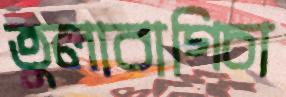
তুলাবাগিচা